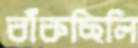
বাঁকছিলি